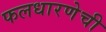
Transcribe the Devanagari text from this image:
फलधारणेची